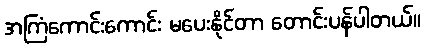
အကြံကောင်းကောင်း မပေးနိုင်တာ တောင်းပန်ပါတယ်။